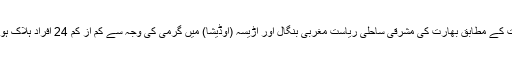
اطلاعات کے مطابق بھارت کی مشرقی ساحلی ریاست مغربی بنگال اور اڑیسہ (اوڈیشا) میں گرمی کی وجہ سے کم از کم 24 افراد ہلاک ہوئے ہیں۔